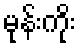
မုန်းကိုး